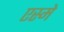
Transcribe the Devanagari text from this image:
एस्मे